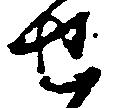
せ